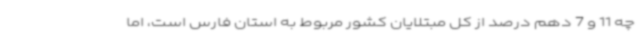
چه 11 و 7 دهم درصد از کل مبتلایان کشور مربوط به استان فارس است، اما